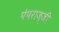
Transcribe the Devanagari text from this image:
पेपराज्जी